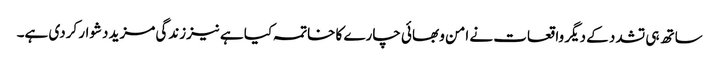
ساتھ ہی تشدد کے دیگر واقعات نے امن و بھائی چارے کا خاتمہ کیا ہے نیززندگی مزید دشوار کردی ہے۔